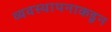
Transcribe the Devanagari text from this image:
व्यवस्थापनाकडून